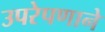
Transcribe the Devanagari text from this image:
उपरेपणाने